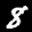
Label: 8